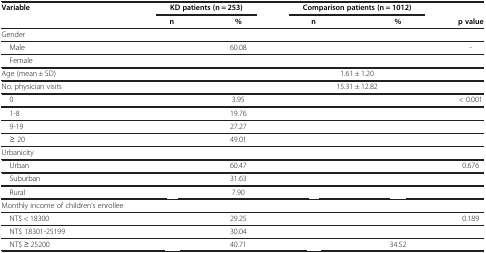
<table><thead><tr><td><b>Variable</b></td><td colspan="2"><b>KD patients (n = 253)</b></td><td colspan="2"><b>Comparison patients (n = 1012)</b></td><td>[EMPTY_CELL]</td></tr><tr><td>[EMPTY_CELL]</td><td><b>n</b></td><td><b>%</b></td><td><b>n</b></td><td><b>%</b></td><td><b>p value</b></td></tr></thead><tbody><tr><td>Gender</td><td>[EMPTY_CELL]</td><td>[EMPTY_CELL]</td><td>[EMPTY_CELL]</td><td>[EMPTY_CELL]</td><td>[EMPTY_CELL]</td></tr><tr><td> Male</td><td>[EMPTY_CELL]</td><td>60.08</td><td>[EMPTY_CELL]</td><td>[EMPTY_CELL]</td><td>-</td></tr><tr><td> Female</td><td>[EMPTY_CELL]</td><td>[EMPTY_CELL]</td><td>[EMPTY_CELL]</td><td>[EMPTY_CELL]</td><td>[EMPTY_CELL]</td></tr><tr><td>Age (mean ± SD)</td><td colspan="2">[EMPTY_CELL]</td><td colspan="2">1.61 ± 1.20</td><td>[EMPTY_CELL]</td></tr><tr><td>No. physician visits</td><td colspan="2">[EMPTY_CELL]</td><td colspan="2">15.31 ± 12.82</td><td>[EMPTY_CELL]</td></tr><tr><td> 0</td><td>[EMPTY_CELL]</td><td>3.95</td><td>[EMPTY_CELL]</td><td>[EMPTY_CELL]</td><td>&lt; 0.001</td></tr><tr><td> 1-8</td><td>[EMPTY_CELL]</td><td>19.76</td><td>[EMPTY_CELL]</td><td>[EMPTY_CELL]</td><td>[EMPTY_CELL]</td></tr><tr><td> 9-19</td><td>[EMPTY_CELL]</td><td>27.27</td><td>[EMPTY_CELL]</td><td>[EMPTY_CELL]</td><td>[EMPTY_CELL]</td></tr><tr><td> ≥ 20</td><td>[EMPTY_CELL]</td><td>49.01</td><td>[EMPTY_CELL]</td><td>[EMPTY_CELL]</td><td>[EMPTY_CELL]</td></tr><tr><td>Urbanicity</td><td>[EMPTY_CELL]</td><td>[EMPTY_CELL]</td><td>[EMPTY_CELL]</td><td>[EMPTY_CELL]</td><td>[EMPTY_CELL]</td></tr><tr><td> Urban</td><td>[EMPTY_CELL]</td><td>60.47</td><td>[EMPTY_CELL]</td><td>[EMPTY_CELL]</td><td>0.676</td></tr><tr><td> Suburban</td><td>[EMPTY_CELL]</td><td>31.63</td><td>[EMPTY_CELL]</td><td>[EMPTY_CELL]</td><td>[EMPTY_CELL]</td></tr><tr><td> Rural</td><td>[EMPTY_CELL]</td><td>7.90</td><td>[EMPTY_CELL]</td><td>[EMPTY_CELL]</td><td>[EMPTY_CELL]</td></tr><tr><td>Monthly income of children’s enrollee</td><td>[EMPTY_CELL]</td><td>[EMPTY_CELL]</td><td>[EMPTY_CELL]</td><td>[EMPTY_CELL]</td><td>[EMPTY_CELL]</td></tr><tr><td> NT$ &lt; 18300</td><td>[EMPTY_CELL]</td><td>29.25</td><td>[EMPTY_CELL]</td><td>[EMPTY_CELL]</td><td>0.189</td></tr><tr><td> NT$ 18301-25199</td><td>[EMPTY_CELL]</td><td>30.04</td><td>[EMPTY_CELL]</td><td>[EMPTY_CELL]</td><td>[EMPTY_CELL]</td></tr><tr><td> NT$ ≥ 25200</td><td>[EMPTY_CELL]</td><td>40.71</td><td>[EMPTY_CELL]</td><td>34.52</td><td>[EMPTY_CELL]</td></tr></tbody></table>